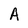
Character: A